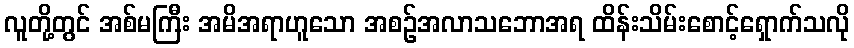
လူတို့တွင် အစ်မကြီး အမိအရာဟူသော အစဉ်အလာသဘောအရ ထိန်းသိမ်းစောင့်ရှောက်သလို